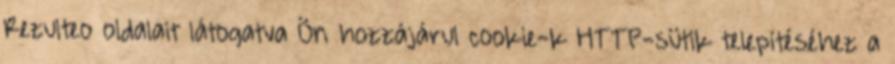
Rezulteo oldalait látogatva Ön hozzájárul cookie-k HTTP-sütik telepítéséhez a